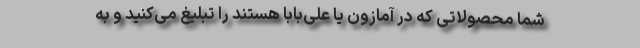
شما محصولاتی که در آمازون یا علی‌بابا هستند را تبلیغ می‌کنید و به